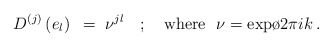
\begin{align*}D^{(j)}\left( e_l \right) ~=~\nu^{jl} ~~~;{}~~~{\rm where} ~~\nu={\rm exp}{ {\o{2\pi i}{k}} }\, .\end{align*}